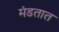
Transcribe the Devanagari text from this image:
मंडतात